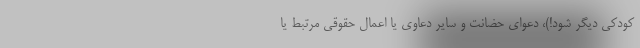
کودکی دیگر شود!)، دعوای حضانت و سایر دعاوی یا اعمال حقوقی مرتبط یا